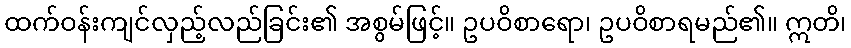
ထက်ဝန်းကျင်လှည့်လည်ခြင်း၏ အစွမ်ဖြင့်။ ဥပဝိစာရော၊ ဥပဝိစာရမည်၏။ ဣတိ၊